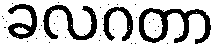
ခလဂတာ